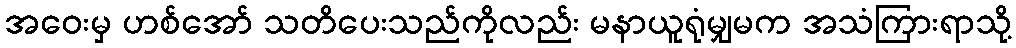
အဝေးမှ ဟစ်အော် သတိပေးသည်ကိုလည်း မနာယူရုံမျှမက အသံကြားရာသို့